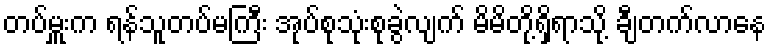
တပ်မှူးက ရန်သူတပ်မကြီး အုပ်စုသုံးစုခွဲလျက် မိမိတို့ရှိရာသို့ ချီတက်လာနေ